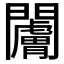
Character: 𬮗